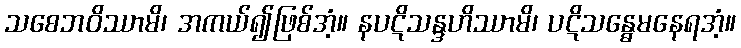
သစေဘဝိဿာမိ၊ အကယ်၍ဖြစ်အံ့။ နပဋိသန္ဒဟိဿာမိ၊ ပဋိသန္ဓေမနေရအံ့။